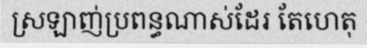
ស្រឡាញ់ប្រពន្ធណាស់ដែរ តែហេតុ